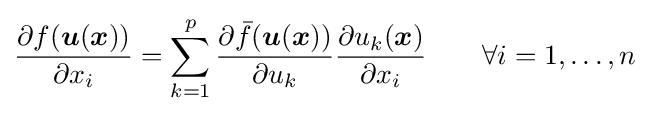
{\frac {\partial f({\boldsymbol {u}}({\boldsymbol {x}}))}{\partial x_{i}}}=\sum _{k=1}^{p}{\frac {\partial {\bar {f}}({\boldsymbol {u}}({\boldsymbol {x}}))}{\partial u_{k}}}{\frac {\partial {u_{k}({\boldsymbol {x}})}}{\partial x_{i}}}\qquad \forall i=1,\ldots ,n